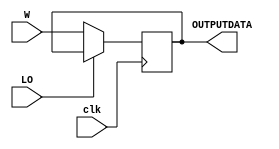
module OUTPUTREG(clk, LO, W, OUTPUTDATA);
	input clk, LO;
	input [7:0] W;
	output reg [7:0] OUTPUTDATA;

	always @(negedge clk)
		if (LO == 0)
			OUTPUTDATA <= W;

endmodule